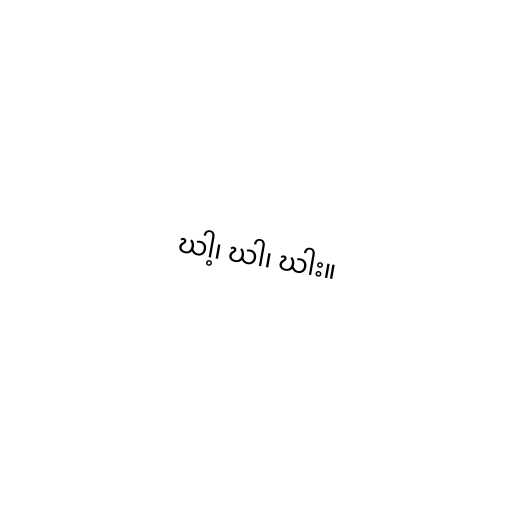
ဃါ့၊ ဃါ၊ ဃါး။